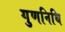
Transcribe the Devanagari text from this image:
गुणनिधि